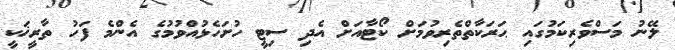
ލޭނު މަސްވެރިކަމުގައި ޙަރަކާތްތެރިވުމަށް ކޯޓާއަށް އެދި ސިޓީ ހުށަހެޅުއްވުމުގެ އެންމެ ފަހު ތާރީޚަކީ